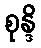
စုန္ဒိ